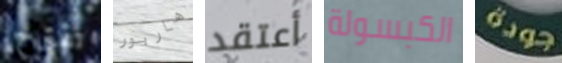
تقترح هاربور أعتقد الكبسولة جودة